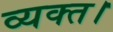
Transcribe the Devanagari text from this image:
व्यक्त।